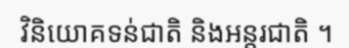
វិនិយោគទន់ជាតិ និងអន្តរជាតិ ។